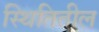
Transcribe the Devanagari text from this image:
स्थितितील